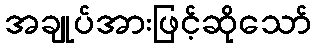
အချုပ်အားဖြင့်ဆိုသော်